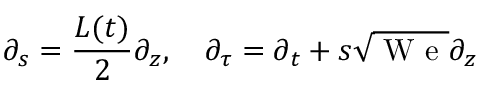
\partial _ { s } = \frac { L ( t ) } 2 \partial _ { z } , \quad \partial _ { \tau } = \partial _ { t } + s \sqrt { \mathrm { ~ W ~ e ~ } } \partial _ { z }